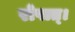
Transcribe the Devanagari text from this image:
रोषात्।